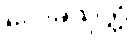
လေခသုတ္တံ